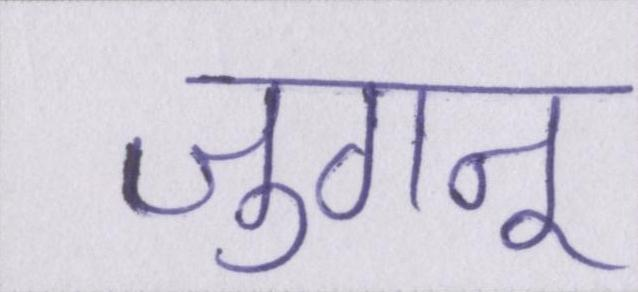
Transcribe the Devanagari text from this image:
जुगनू